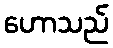
ဟောသည်